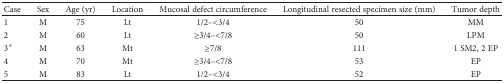
| Case | Sex | Age (yr) | Location | Mucosal defect circumference | Longitudinal resected specimen size (mm) | Tumor depth |
 | --- | --- | --- | --- | --- | --- | --- |
 | 1 | M | 75 | Lt | 1/2–<3/4 | 50 | MM |
 | 2 | M | 60 | Lt | ≥3/4–<7/8 | 50 | LPM |
 | 3∗ | M | 63 | Mt | ≥7/8 | 111 | 1 SM2, 2 EP |
 | 4 | M | 70 | Mt | ≥3/4–<7/8 | 53 | EP |
 | 5 | M | 83 | Lt | 1/2–<3/4 | 52 | EP |